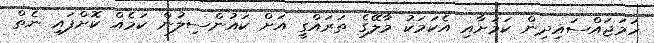
ހަމަޖައްސައިދިން ކަމަށާއި އެކަމަކު މާލޭގެ ތަރައްގީ އަށް ކައުންސިލުން ކަމެއް ކޮށްފައި ނެތް